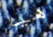
هيا